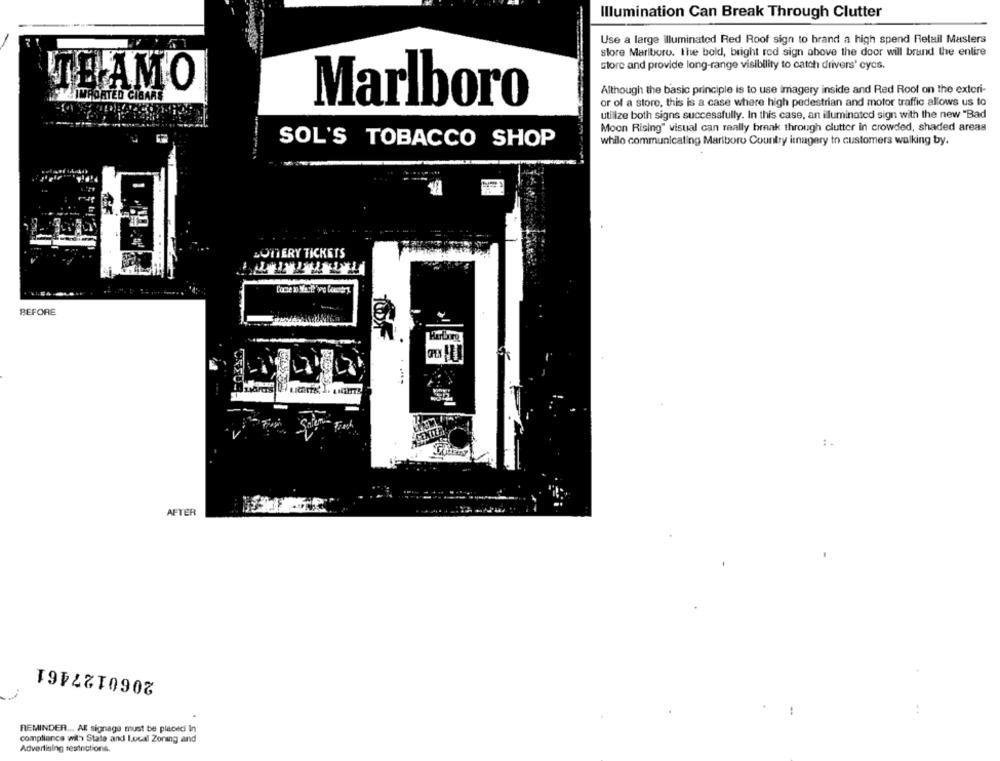
Illumination Can Break Through Clutter
Use a large illuminated Red Roof sign to brand a high spend Retail Masters
store Marlboro. The bold, bright red sign above the door will brand the entire
store and provide long-range visibility to catch drivers' cycs.
TEAMO
Although the basic principle is to use Imagery inside and Red Roof on the exteri-
Marlboro
or of a store, this is a case where high pedestrian and motor traffic allows us to
utilize both signs successfully. In this case, an illuminated sign with the new "Bad
Moon Rising" visual can really break through clutter in crowded, shaded areas
SOL'S TOBACCO SHOP
whilo communicating Marlboro Country imagery to customers walking by.
LOTERY TICKETS
BEFORE
1.
AFTER
2060127461
REMINDER ... All signage must be placedi In
compliance with State and Local Zoning and
Advertising restrictions,